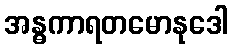
အန္ဓကာရတမောနုဒေါ